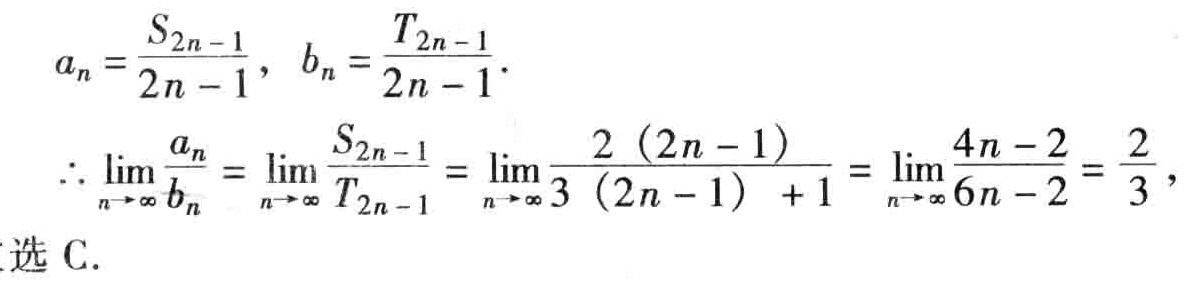
\[

\begin{align*}

a_{n}&=\frac{S_{2n - 1}}{2n - 1},\ b_{n}=\frac{T_{2n - 1}}{2n - 1}.\\

\therefore\lim_{n\rightarrow\infty}\frac{a_{n}}{b_{n}}&=\lim_{n\rightarrow\infty}\frac{S_{2n - 1}}{T_{2n - 1}}=\lim_{n\rightarrow\infty}\frac{2(2n - 1)}{3(2n - 1)+1}=\lim_{n\rightarrow\infty}\frac{4n - 2}{6n - 2}=\frac{2}{3},\\

&\text{选 C.}

\end{align*}

\]